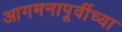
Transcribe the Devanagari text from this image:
आगमनापूर्वीच्या